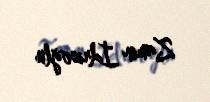
Zamin İdrisoğlu